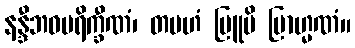
နန္ဒီဘဝပရိက္ခီဏံ၊ တမဟံ ဗြူမိ ဗြာဟ္မဏံ။